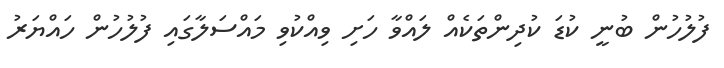
ފުލުހުން ބުނީ ކުޑަ ކުދިންތަކެއް ލައްވާ ހަށި ވިއްކުވި މައްސަލާގައި ފުލުހުން ހައްޔަރު